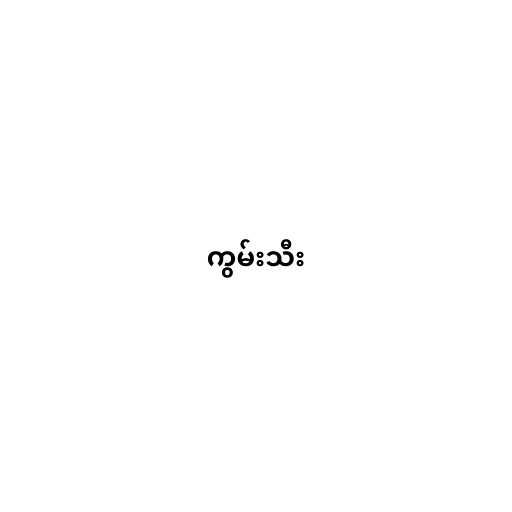
ကွမ်းသီး